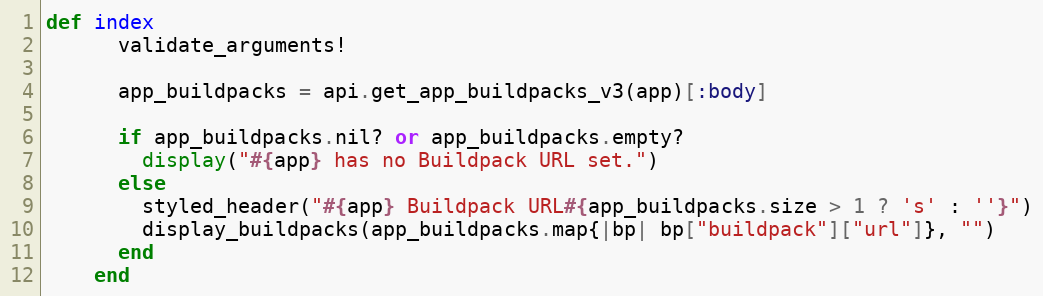
Language: Ruby
def index
      validate_arguments!

      app_buildpacks = api.get_app_buildpacks_v3(app)[:body]

      if app_buildpacks.nil? or app_buildpacks.empty?
        display("#{app} has no Buildpack URL set.")
      else
        styled_header("#{app} Buildpack URL#{app_buildpacks.size > 1 ? 's' : ''}")
        display_buildpacks(app_buildpacks.map{|bp| bp["buildpack"]["url"]}, "")
      end
    end